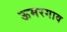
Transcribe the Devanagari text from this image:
ऊमरगाव